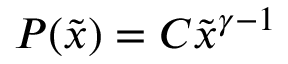
P ( \tilde { x } ) = C \tilde { x } ^ { \gamma - 1 }